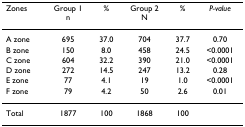
<table><thead><tr><td><b>Zones</b></td><td><b>Group 1n</b></td><td><b>%</b></td><td><b>Group 2N</b></td><td><b>%</b></td><td><b><i>P-value</i></b></td></tr></thead><tbody><tr><td>A zone</td><td>695</td><td>37.0</td><td>704</td><td>37.7</td><td>0.70</td></tr><tr><td>B zone</td><td>150</td><td>8.0</td><td>458</td><td>24.5</td><td>&lt;0.0001</td></tr><tr><td>C zone</td><td>604</td><td>32.2</td><td>390</td><td>21.0</td><td>&lt;0.0001</td></tr><tr><td>D zone</td><td>272</td><td>14.5</td><td>247</td><td>13.2</td><td>0.28</td></tr><tr><td>E zone</td><td>77</td><td>4.1</td><td>19</td><td>1.0</td><td>&lt;0.0001</td></tr><tr><td>F zone</td><td>79</td><td>4.2</td><td>50</td><td>2.6</td><td>0.01</td></tr><tr><td>Total</td><td>1877</td><td>100</td><td>1868</td><td>100</td><td></td></tr></tbody></table>